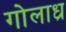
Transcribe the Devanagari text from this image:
गोलाध्र